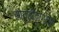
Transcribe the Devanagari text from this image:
सोयाबीनपासून